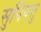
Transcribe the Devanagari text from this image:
सुनियतु